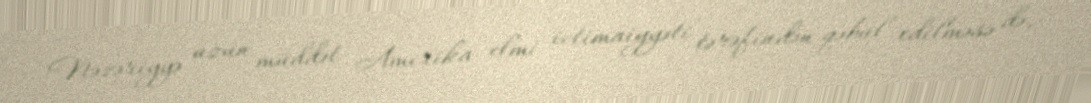
Nəzəriyyə uzun müddət Amerika elmi ictimaiyyəti tərəfindən qəbul edilməsə də,